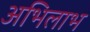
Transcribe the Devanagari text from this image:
अभिलाभ